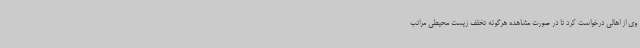
وی از اهالی درخواست کرد تا در صورت مشاهده هرگونه تخلف زیست محیطی مراتب